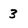
Character: 3